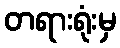
တရားရုံးမှ